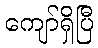
ကျော်ရှိပြီ